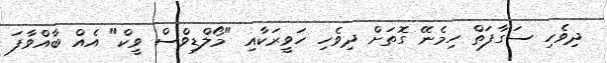
ދިވެހި ސަގާފަތް ހިމެނޭ ގޮތަށް ދިވެހި ހަވީރަކާއި "މޯލްޑިވްސް ވީކް" އެއް ބާއްވާފަ